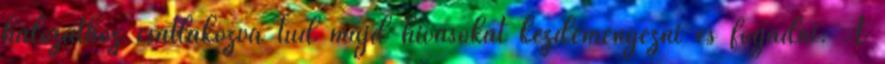
hálózathoz csatlakozva tud majd hívásokat kezdeményezni és fogadni. A